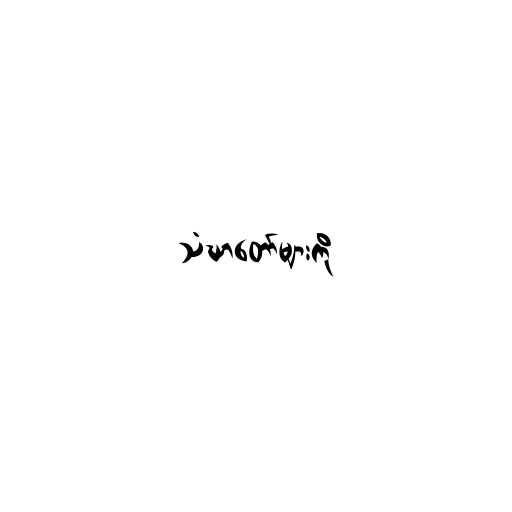
သံဃာတော်များကို